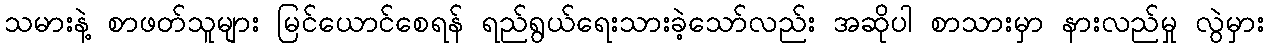
သမားနဲ့ စာဖတ်သူများ မြင်ယောင်စေရန် ရည်ရွယ်ရေးသားခဲ့သော်လည်း အဆိုပါ စာသားမှာ နားလည်မှု လွဲမှား